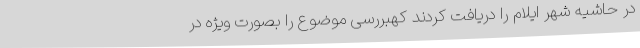
در حاشیه شهر ایلام را دریافت کردند کهبررسی موضوع را بصورت ویژه در